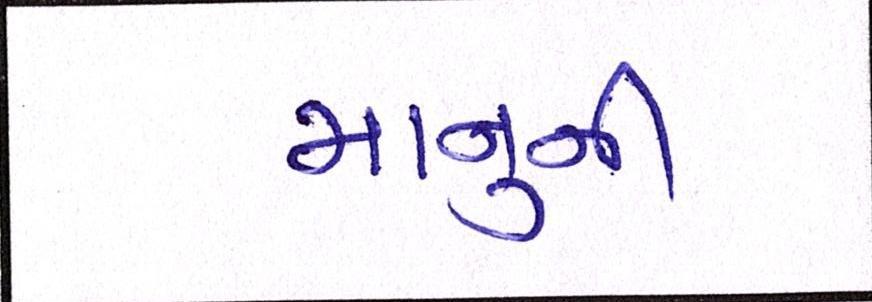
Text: માનુની